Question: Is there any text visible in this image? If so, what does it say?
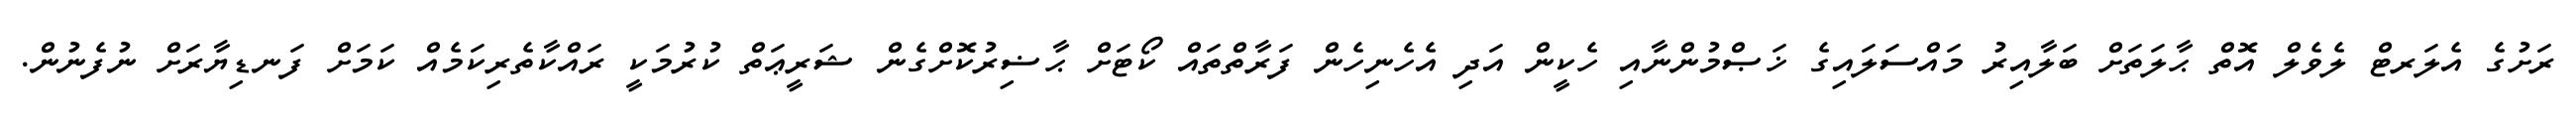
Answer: ރަށުގެ އެލަރޓް ލެވެލް އޮތް ޙާލަތަށް ބަލާއިރު މައްސަލައިގެ ޚަޞްމުންނާއި ހެކީން އަދި އެހެނިހެން ފަރާތްތައް ކޯޓަށް ޙާޟިރުކޮށްގެން ޝަރީޢަތް ކުރުމަކީ ރައްކާތެރިކަމެއް ކަމަށް ފަނޑިޔާރަށް ނުފެނުން.